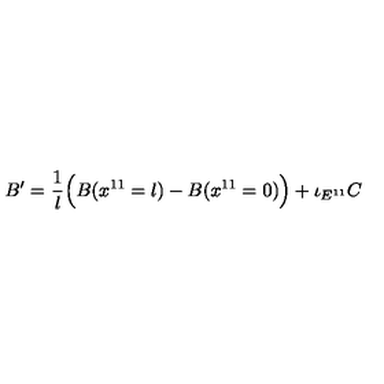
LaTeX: B ^ { \prime } = { \frac { 1 } { l } } \Big ( B ( x ^ { 1 1 } = l ) - B ( x ^ { 1 1 } = 0 ) \Big ) + \iota _ { E ^ { 1 1 } } C